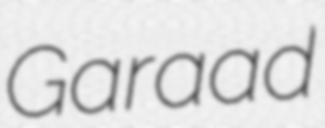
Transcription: Garaad